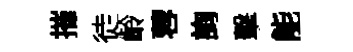
摧徒齡蓉詢擊能